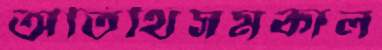
অতিথিসমকাল